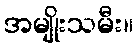
အမျိုးသမီး။